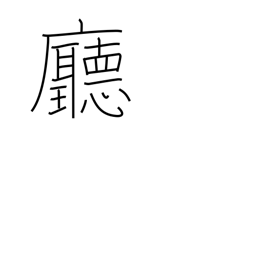
Meaning: hall